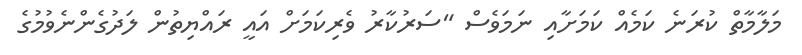
މަލާމާތް ކުރަނެ ކަމެއް ކަމަށާއި ނަމަވެސް "ސަރުކާރު ވެރިކަމަށް އައީ ރައްޔިތުން ލަދުގެންނެވުމުގެ